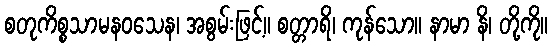
စတုကိစ္စသာမနဝသေန၊ အစွမ်းဖြင့်။ စတ္တာရိ၊ ကုန်သော။ နာမာ နိ၊ တို့ကို။